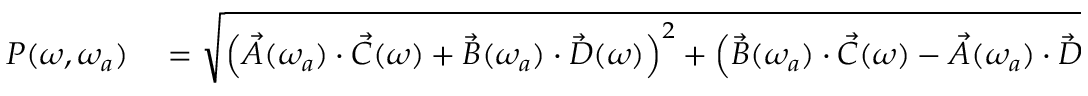
\begin{array} { r l } { P ( \omega , \omega _ { a } ) } & { { } = \sqrt { \left( \vec { A } ( \omega _ { a } ) \cdot \vec { C } ( \omega ) + \vec { B } ( \omega _ { a } ) \cdot \vec { D } ( \omega ) \right) ^ { 2 } + { \left( \vec { B } ( \omega _ { a } ) \cdot \vec { C } ( \omega ) - \vec { A } ( \omega _ { a } ) \cdot \vec { D } ( \omega ) \right) ^ { 2 } } } \, } \end{array}